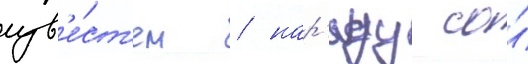
изв'е́ст'ен / нар'яду со́